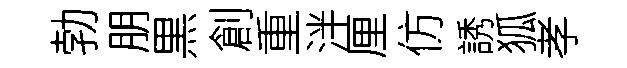
勃朋黒創重泮厘仿誘狐孝